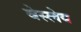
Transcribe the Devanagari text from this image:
वेस्लेय